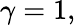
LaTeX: \gamma=1,